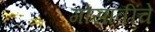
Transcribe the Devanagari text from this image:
गोसावींचे